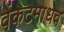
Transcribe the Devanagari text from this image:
वेंकटमाधव